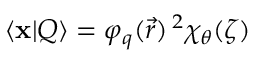
\langle \mathbf { x } | Q \rangle = \varphi _ { q } ( \vec { r } ) \, ^ { 2 } \chi _ { \theta } ( \zeta )